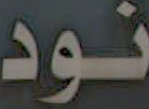
نود